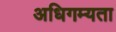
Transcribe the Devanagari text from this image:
अधिगम्यता